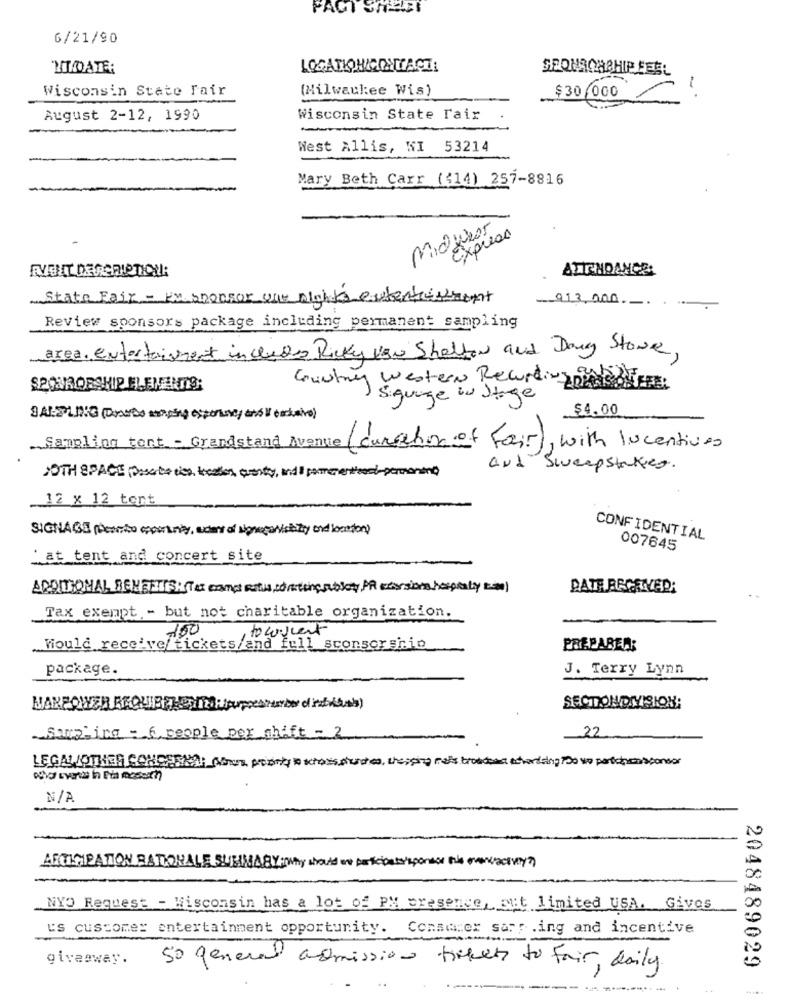
FACT SHEET
6/21/90
MIOAT
Wisconsin State Fair
(Milwaukee Wis)
1
000
August 2-12, 1990
Wisconsin State Fair
West Allis, WI 53214
Mary Beth Carr ((14) 257-8816
Midwear
Express
ATTENDANCE:
State Fair - En sponsor one nighta extentressent
913, 200 .-.
Review sponsors package including permanent sampling
area. entertainment includes Ricky VEN Shelton and Dong Stone,
Guitry Western Recordingpin
SPONSORSHIP ELENFANTS:
Siguage in Stage
$4.00
SALELING (Circuits singing esporine ano i cskaive)
Sampling tent - Grandstand Avenue ( cursetion of Fair), with lucentives
NOTH SPACE (Describe cien, kokos, cuenty, ind i pomone tesc)-peroni)
And Sweepstakes.
12 x 12 tent
SIGNAGE (Pesto opportunity, uden of lightalicity and boston)
CONFIDENTIAL
007645
'at tent and concert site
ADDITIONAL BENEFITS: To cant Ritis,somting subboty PR cessions hospitaly )
DATE RECEIVED:
Tax exempt - but not charitable organization.
100
, to cilent
Would receive/tickets/and full sconsorship
PREPAREAR
package.
J. Terry Lynn
SECTIONDNISION:
farming : 6, people per shift - 2
LEGALOTHER CONCENTRA :_ Moron proonly to kross shades, thesping rats broadcast according100 vo partonosponsor
ARCICIPATION RATIONALE SUMMARY: Why should we participate'sponsor the new/actively?)
NYO Request - Wisconsin has a lot of PM presence, out limited USA. Gives
us customer entertainment opportunity. Conserer sary .ing and incentive
giveaway.
so general admission tickets to fair, daily.
2048489029